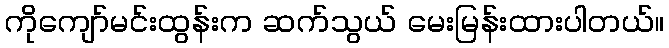
ကိုကျော်မင်းထွန်းက ဆက်သွယ် မေးမြန်းထားပါတယ်။